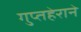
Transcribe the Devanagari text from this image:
गुप्तहेराने